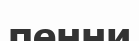
пенни